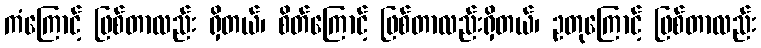
ကံကြောင့် ဖြစ်တာလည်း ရှိတယ်၊ စိတ်ကြောင့် ဖြစ်တာလည်းရှိတယ်၊ ဥတုကြောင့် ဖြစ်တာလည်း